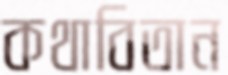
কথাবিতান